Civil Veterinary Department Bihar & Orissa reports 1929-36 - 1929-1936
Year: 1929
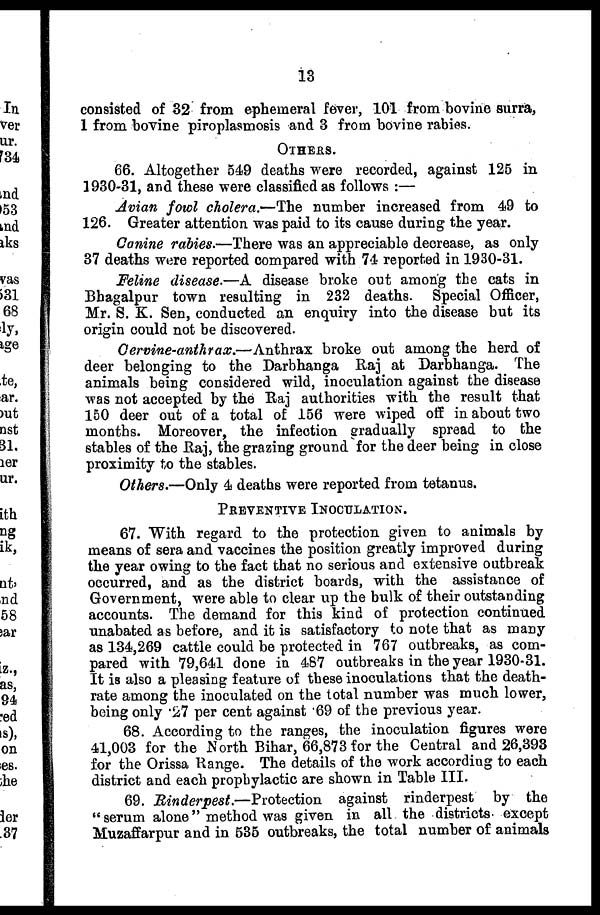
13
consisted of 32 from ephemeral fever, 101 from bovine surra,
1 from bovine piroplasmosis and 3 from bovine rabies.
OTHERS.
66. Altogether 549 deaths were recorded, against 125 in
1930-31, and these were classified as follows :—
Avian fowl cholera.—The number increased from 49 to
126. Greater attention was paid to its cause during the year.
Canine rabies.—There was an appreciable decrease, as only
37 deaths were reported compared with 74 reported in 1930-31.
Feline disease.—A disease broke out among the cats in
Bhagalpur town resulting in 232 deaths. Special Officer,
Mr. S. K. Sen, conducted an enquiry into the disease but its
origin could not be discovered.
Cervine-anthrax.—Anthrax
broke out among the herd of
deer belonging to the Darbhanga Raj at Darbhanga. The
animals being considered wild, inoculation against the disease
was not accepted by the Raj authorities with the result that
150 deer out of a total of 156 were wiped off in about two
months. Moreover, the infection gradually spread to the
stables of the Raj, the grazing ground for the deer being in close
proximity to the stables.
Others.—Only 4 deaths were reported from tetanus.
PREVENTIVE INOCULATION.
67. With regard to the protection given to animals by
means of sera and vaccines the position greatly improved during
the year owing to the fact that no serious and extensive outbreak
occurred, and as the district boards, with the assistance of
Government, were able to clear up the bulk of their outstanding
accounts. The demand for this kind of protection continued
unabated as before, and it is satisfactory to note that as many
as 134,269 cattle could be protected in 767 outbreaks, as com-
pared with 79,641 done in 487 outbreaks in the year 1930-31.
It is also a pleasing feature of these inoculations that the death-
rate among the inoculated on the total number was much lower,
being only 27 per cent against 69 of the previous year.
68. According to the ranges, the inoculation figures were
41,003 for the North Bihar, 66,873 for the Central and 26,393
for the Orissa Range. The details of the work according to each
district and each prophylactic are shown in Table III.
69. Rinderpest.—Protection
against rinderpest by the
" serum alone" method was given in all the districts except
Muzaffarpur and in 535 outbreaks, the total number of animals